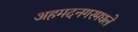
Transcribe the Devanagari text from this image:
अहमदनगरमधले